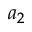
a _ { 2 }